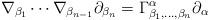
LaTeX: \begin{align*}\nabla_{\beta_1} \cdots \nabla_{\beta_{n-1}} \partial_{\beta_n} = \Gamma^\alpha_{\beta_1,\ldots,\beta_n} \partial_\alpha\end{align*}